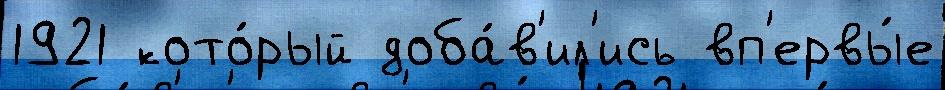
1921 кото́рый доба́в'ил'ись вп'ервы́е